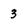
Character: 3